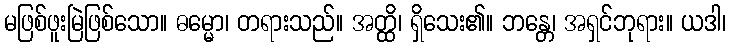
မဖြစ်ဖူးမြဲဖြစ်သော။ ဓမ္မော၊ တရားသည်။ အတ္ထိ၊ ရှိသေး၏။ ဘန္တေ၊ အရှင်ဘုရား။ ယဒါ၊